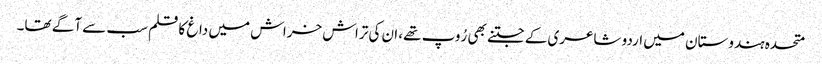
متحدہ ہندوستان میں اردو شاعری کے جتنے بھی رُوپ تھے، ان کی تراش خراش میں داغ کا قلم سب سے آگے تھا۔